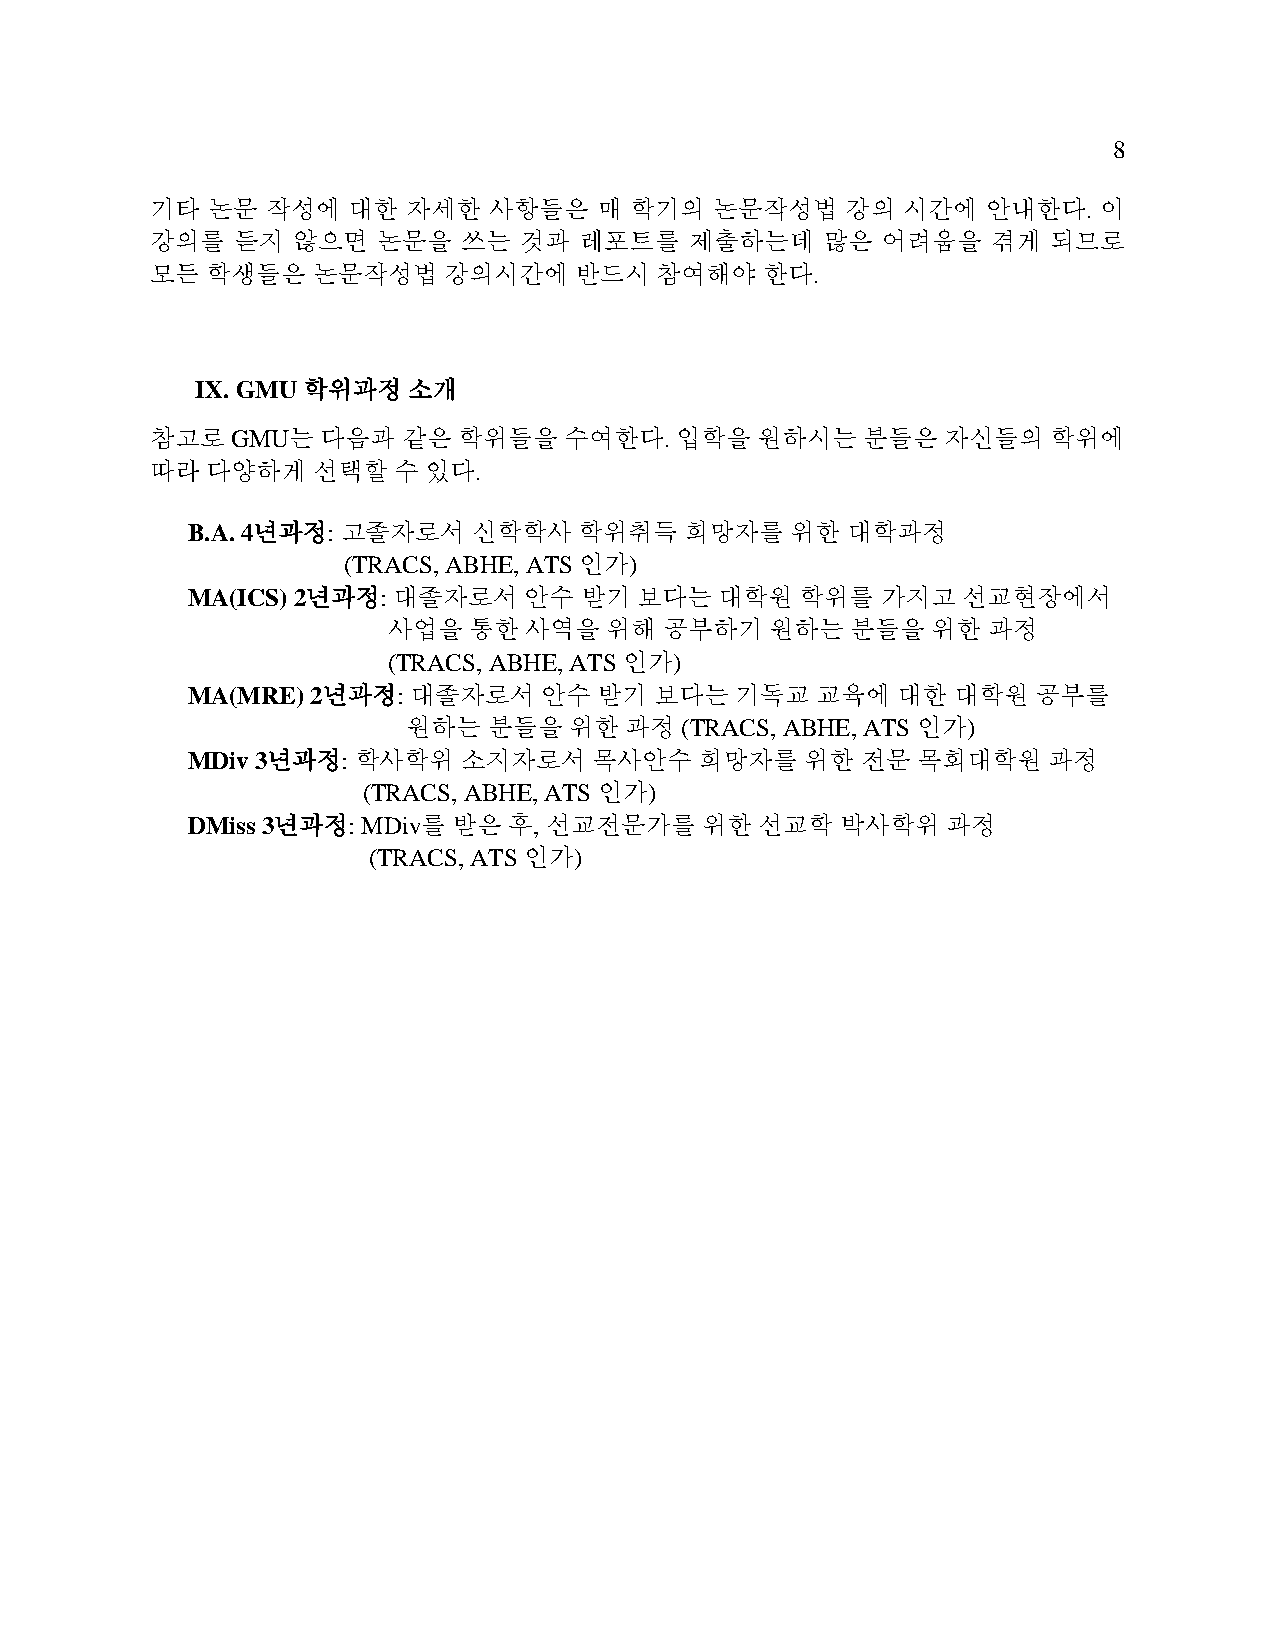
8
 기타  논문  작성에  대한  자세한  사항들은    매 학기의  논문작성법    강의  시간에  안내한다.   이
 강의를  듣지  않으면   논문을   쓰는 것과  레포트를    제출하는데   많은  어려움을    겪게  되므로
 모든  학생들은   논문작성법   강의시간에    반드시  참여해야   한다.
 IX. GMU 학위과정  소개
 참고로  GMU는  다음과   같은 학위들을   수여한다.   입학을  원하시는   분들은   자신들의   학위에
 따라  다양하게   선택할  수 있다.
 B.A. 4년과정: 고졸자로서   신학학사   학위취득   희망자를   위한  대학과정
 (TRACS, ABHE, ATS 인가)
 MA(ICS) 2년과정: 대졸자로서    안수 받기  보다는   대학원  학위를  가지고   선교현장에서
 사업을  통한  사역을  위해  공부하기   원하는  분들을   위한 과정
 (TRACS, ABHE, ATS 인가)
 MA(MRE)  2년과정: 대졸자로서    안수  받기 보다는   기독교  교육에  대한  대학원   공부를
 원하는  분들을   위한 과정  (TRACS, ABHE, ATS 인가)
 MDiv 3년과정: 학사학위   소지자로서    목사안수   희망자를   위한  전문  목회대학원   과정
 (TRACS, ABHE, ATS 인가)
 DMiss 3년과정: MDiv를 받은  후, 선교전문가를   위한  선교학   박사학위   과정
 (TRACS, ATS 인가)